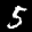
Label: 5